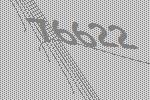
76622